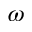
\omega